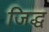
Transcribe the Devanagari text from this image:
जिद्ध